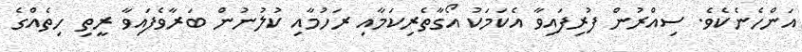
އަންހެނެކެވެ. ސިއްރުން ފުރިފައިވާ އެކަމަކު އޯގާތެރިކަމާއި ރަހުމާއި ކުލުނުން ބަރާވެފައިވާ ރީތި ހިތެއްގެ